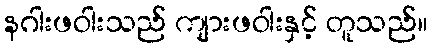
နဂါးဖဝါးသည် ကျားဖဝါးနှင့် တူသည်။